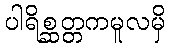
ပါရိစ္ဆတ္တကမူလမှိ